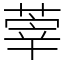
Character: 䔂